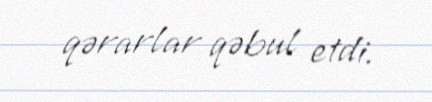
qərarlar qəbul etdi.